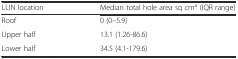
<table><thead><tr><td><b>LLIN location</b></td><td><b>Median total hole area sq cm<sup>a</sup> (IQR range)</b></td></tr></thead><tbody><tr><td>Roof</td><td>0 (0–5.9)</td></tr><tr><td>Upper half</td><td>13.1 (1.26-86.6)</td></tr><tr><td>Lower half</td><td>34.5 (4.1-179.6)</td></tr></tbody></table>